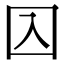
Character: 𡆣